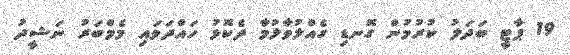
19 ޕާޓީ ބަދަލު ކުރުމުން ގޮނޑި ގެއްލުވާލުމާ ދެކޮޅު ހައްދަވައި މެމްބަރު ނަޝީދު